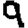
Digit: 9